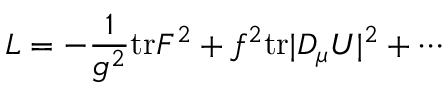
{ \cal L } = - \frac { 1 } { g ^ { 2 } } \mathrm { t r } F ^ { 2 } + f ^ { 2 } \mathrm { t r } | D _ { \mu } U | ^ { 2 } + \cdots